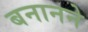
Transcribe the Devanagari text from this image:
बनानने